Vaccination in the Punjab 1897-1904 - 1897-1904
Year: 1897
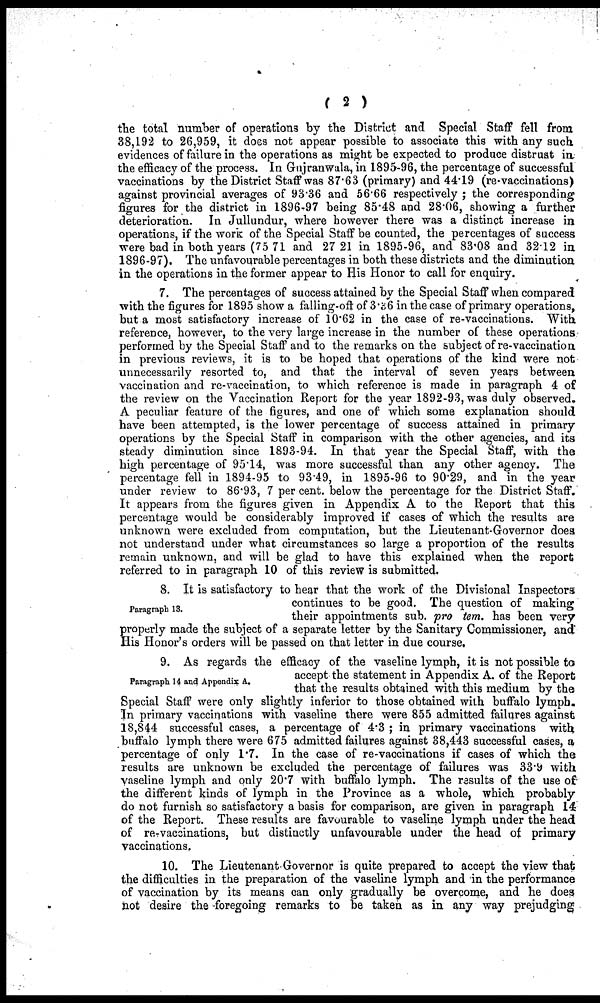
( 2 )
the total number of operations by the District and Special Staff fell from
38,192 to 26,959, it does not appear possible to associate this with any such
evidences of failure in the operations as might be expected to produce distrust in
the efficacy of the process. In Gujranwala, in 1895-96, the percentage of successful
vaccinations by the District Staff was 87.63 (primary) and 44.19 (re-vaccinations)
against provincial averages of 93.36 and 56.66 respectively ; the corresponding
figures for the district in 1896-97 being 85.48 and 28.06, showing a further
deterioration. In Jullundur, where however there was a distinct increase in
operations, if the work of the Special Staff be counted, the percentages of success
were bad in both years (75 71 and 27 21 in 1895-96, and 83.08 and 32.12 in
1896-97). The unfavourable percentages in both these districts and the diminution
in the operations in the former appear to His Honor to call for enquiry.
7. The percentages of success attained by the Special Staff when compared
with the figures for 1895 show a falling-off of 3.36 in the case of primary operations,
but a most satisfactory increase of 10.62 in the case of re-vaccinations. With
reference, however, to the very large increase in the number of these operations
performed by the Special Staff and to the remarks on the subject of re-vaccination
in previous reviews, it is to be hoped that operations of the kind were not
unnecessarily resorted to, and that the interval of seven years between
vaccination and re-vaccination, to which reference is made in paragraph 4 of
the review on the Vaccination Report for the year 1892-93, was duly observed.
A peculiar feature of the figures, and one of which some explanation should
have been attempted, is the lower percentage of success attained in primary
operations by the Special Staff in comparison with the other agencies, and its
steady diminution since 1893-94. In that year the Special Staff, with the
high percentage of 95.14, was more successful than any other agency. The
percentage fell in 1894-95 to 93.49, in 1895-96 to 90.29, and in the year
under review to 86.93, 7 per cent. below the percentage for the District Staff.
It appears from the figures given in Appendix A to the Report that this
percentage would be considerably improved if cases of which the results are
unknown were excluded from computation, but the Lieutenant-Governor does
not understand under what circumstances so large a proportion of the results
remain unknown, and will be glad to have this explained when the report
referred to in paragraph 10 of this review is submitted.
Paragraph 13.
8. It is satisfactory to hear that the work of the Divisional Inspectors
continues to be good. The question of making
their appointments sub. pro tem. has been very
properly made the subject of a separate letter by the Sanitary Commissioner, and
His Honor's orders will be passed on that letter in due course.
Paragraph 14 and Appendix A.
9. As regards the efficacy of the vaseline lymph, it is not possible to
accept the statement in Appendix A. of the Report
that the results obtained with this medium by the
Special Staff were only slightly inferior to those obtained with buffalo lymph.
In primary vaccinations with vaseline there were 855 admitted failures against
18,844 successful cases, a percentage of 4.3 ; in primary vaccinations with
buffalo lymph there were 675 admitted failures against 38,443 successful cases, a
percentage of only 1.7. In the case of re-vaccinations if cases of which the
results are unknown be excluded the percentage of failures was 33.9 with
vaseline lymph and only 20.7 with buffalo lymph. The results of the use of
the different kinds of lymph in the Province as a whole, which probably
do not furnish so satisfactory a basis for comparison, are given in paragraph 14
of the Report. These results are favourable to vaseline lymph under the head
of re-vaccinations, but distinctly unfavourable under the head of primary
vaccinations.
10. The Lieutenant-Governor is quite prepared to accept the view that
the difficulties in the preparation of the vaseline lymph and in the performance
of vaccination by its means can only gradually be overcome, and he does
not desire the foregoing remarks to be taken as in any way prejudging